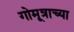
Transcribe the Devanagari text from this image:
गोमूत्राच्या